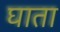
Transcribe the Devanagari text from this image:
घाता